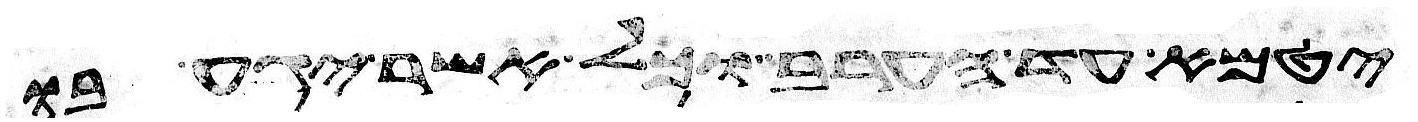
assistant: יטמא עד הערב וכל אשר יגע בו